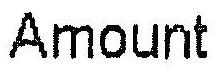
AMOUNT